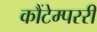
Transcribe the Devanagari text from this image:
कौंटेम्पररी